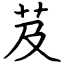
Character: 芨